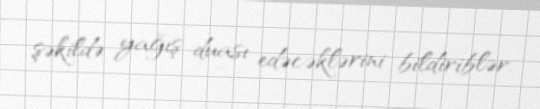
şəkildə yağış duası edəcəklərini bildiriblər.